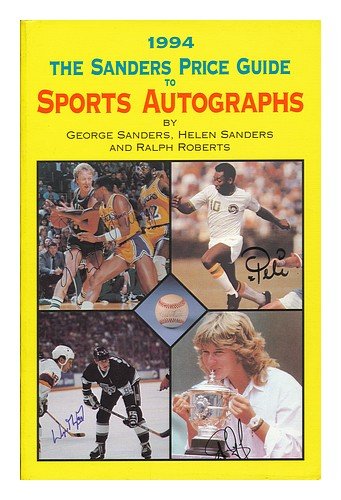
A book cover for The Sander's Price Guide to Sports Autographs, 1994; George Sanders; Crafts, Hobbies & Home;